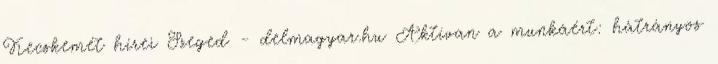
Kecskemét hírei Szeged - delmagyar.hu Aktívan a munkáért: hátrányos